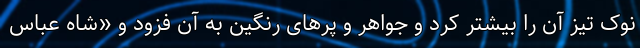
نوک تیز آن را بیشتر کرد و جواهر و پرهای رنگین به آن فزود و «شاه عباس